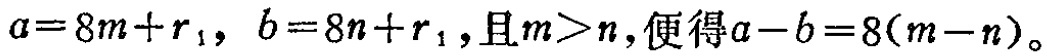
\(a = 8m + r_1,\ b = 8n + r_1,\text{且}m > n,\text{便得}a - b = 8(m - n)\)